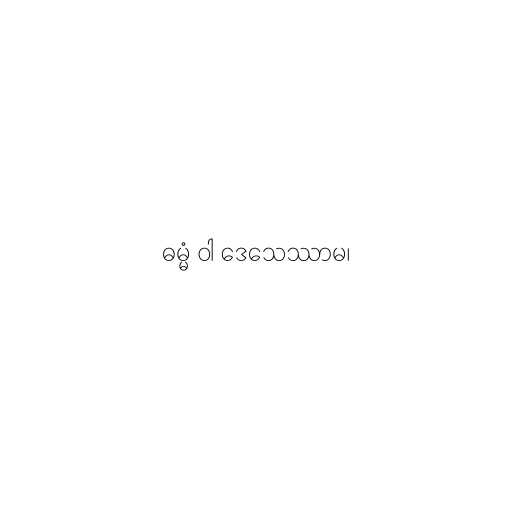
ဓမ္မံ ဝါ ဒေသေဿာမ၊